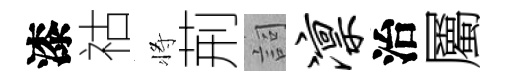
漆祜将荊詞凛治屬